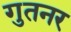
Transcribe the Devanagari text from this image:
गुतनर